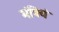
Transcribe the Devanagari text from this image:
मंत्रियं